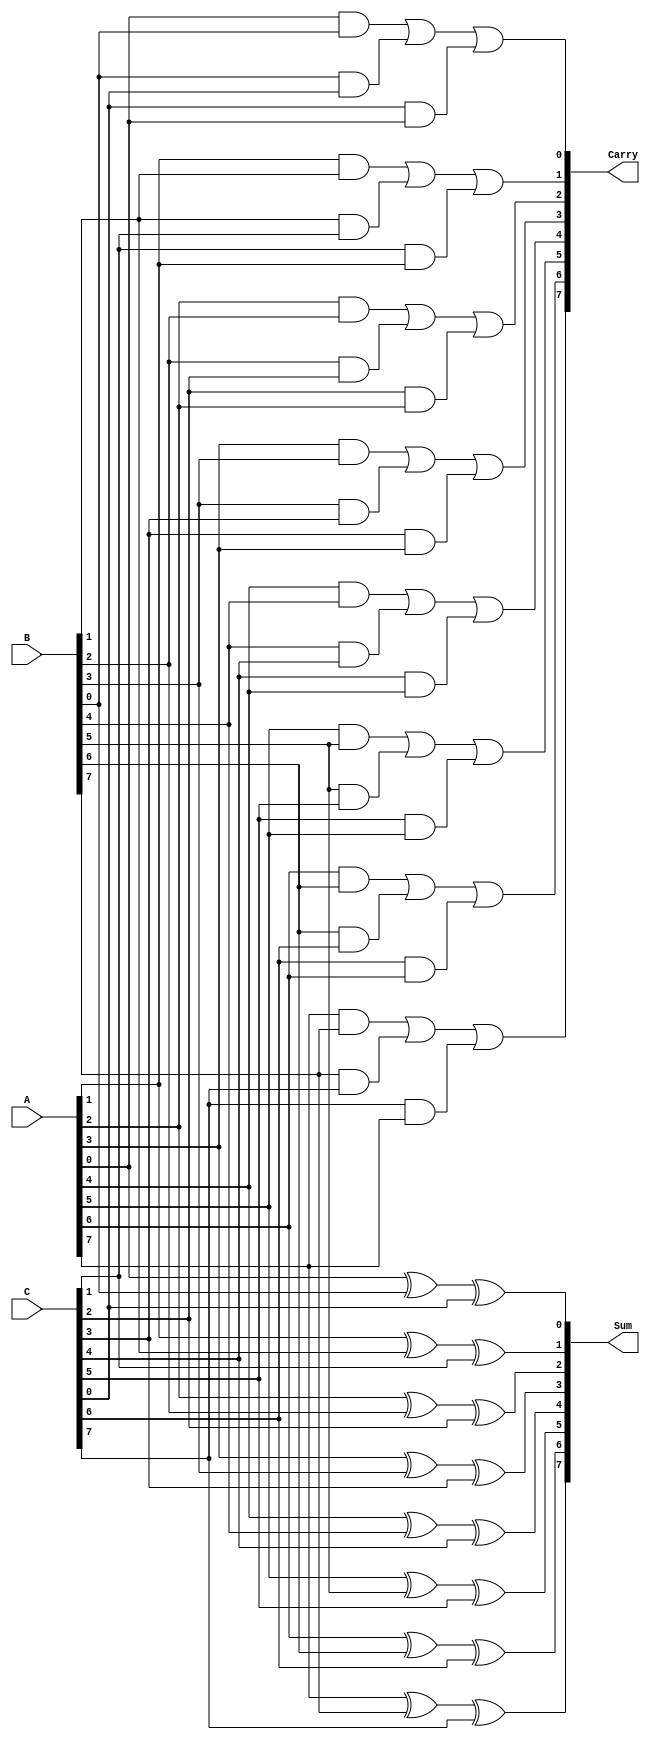
module CarrySaveAdder #(parameter n = 8) (
    input  [n-1:0] A, // First n-bit input
    input  [n-1:0] B, // Second n-bit input
    input  [n-1:0] C, // Third n-bit input
    output [n-1:0] Sum, // n-bit sum output
    output [n-1:0] Carry // n-bit carry output
);

    // Generate the Sum and Carry outputs
    genvar i;
    generate
        for (i = 0; i < n; i = i + 1) begin : CSA
            assign Sum[i] = A[i] ^ B[i] ^ C[i]; // Sum calculation
            assign Carry[i] = (A[i] & B[i]) | (B[i] & C[i]) | (C[i] & A[i]); // Carry calculation
        end
    endgenerate

endmodule